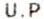
U.P